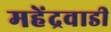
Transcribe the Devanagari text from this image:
महेंद्रवाडी